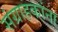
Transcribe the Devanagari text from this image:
संग्राहकांना